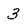
Character: 3